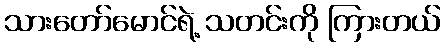
သားတော်မောင်ရဲ့ သတင်းကို ကြားတယ်